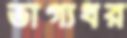
ভাগ্যধর